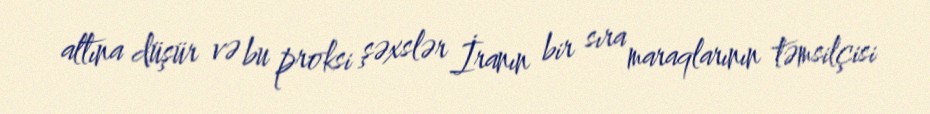
altına düşür və bu proksi şəxslər İranın bir sıra maraqlarının təmsilçisi